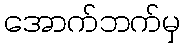
အောက်ဘက်မှ